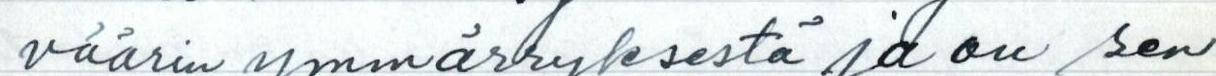
väärin ymmärryksestä ja on sen